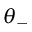
\theta _ { - }